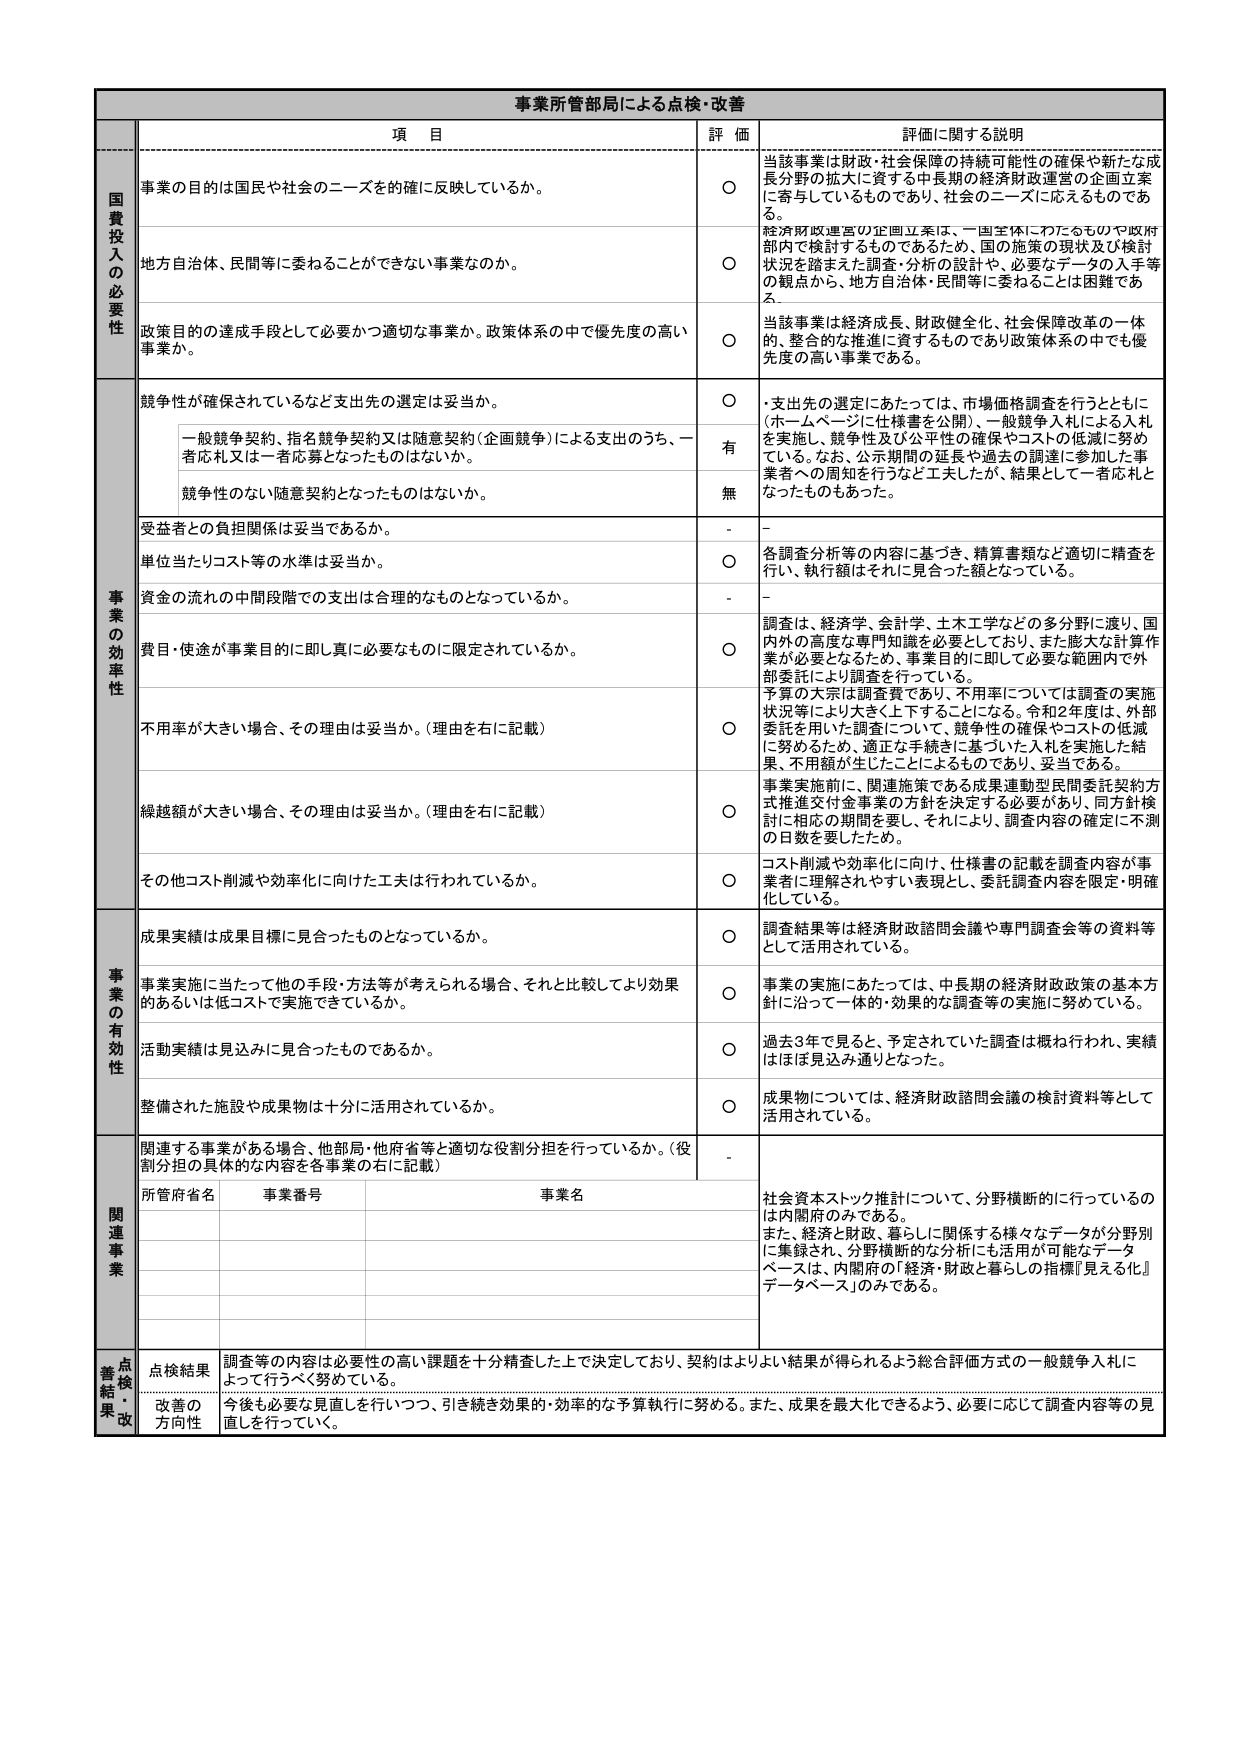
事業所管部局による点検・改善

項 目 評 価 評価に関する説明

国 貴 投 入 の 必 要 性

事業の目的は国民や社会のニーズを確に反映しているか。
〇 当該事業は財政・社会保障の持続可能性の確保や新たな成長分野の拡大に資する中長期的経済財政運営の企画立案に寄与しているものであり、社会のニーズに応えるものである。

地方自治体、民間等に委ねることができない事業なのか。
〇 経済財政運営の企画立案は、一国全体にわたるものや政府部内で検討するものであるため、国の施策の現状及び検討状況を踏まえた調査・分析の設計や、必要なデータの入手等の観点から、地方自治体・民間等に委ねることは困難である。

政策目的の達成手段として必要かつ適切な事業か。政策体系の中で優先度の高い事業か。
〇 当該事業は経済成長、財政健全化、社会保障改革の一体的、整合的な推進に資するものであり政策体系の中でも優先度の高い事業である。

事 業 の 効 率 性

競争性が確保されているなど支出先の選定は妥当か。
〇 ・支出先の選定にあたっては、市場価格調査を行うとともに（ホームページに仕様書を公開）、一般競争入札による入札を実施し、競争性及び公平性の確保やコストの低減に努めている。なお、公示期間の延長や過去の調達に参加した事業者への周知を行うなど工夫したが、結果として一者応札となったものもあった。

一般競争契約、指名競争契約又は随意契約（企画競争）による支出のうち、一者応札又は一者応募となったものはないか。
有

競争性のない随意契約となったものはないか。
無

受益者との負担関係は妥当であるか。
- -

単位当たりコスト等の水準は妥当か。
〇 各調査分析等の内容に基づき、精算書類など適切に精査を行い、執行額はそれに見合った額となっている。

資金の流れの中間段階での支出は合理的なものとなっているか。
- -

費目・使途が事業目的に即し真に必要なものに限定されているか。
〇 調査は、経済学、会計学、土木工学などの多分野に渡り、国内外の高度な専門知識を必要としており、また膨大な計算作業が必要となるため、事業目的に即して必要な範囲内で外部委託により調査を行っている。

不用率が大きい場合、その理由は妥当か。（理由を右に記載）
〇 予算の大宗は調査費であり、不用率については調査の実施状況等により大きく上下することになる。令和2年度は、外部委託を用いた調査について、競争性の確保やコストの低減に努めるため、適正な手続きに基づいた入札を実施した結果、不用額が生じたことによるものであり、妥当である。

繰越額が大きい場合、その理由は妥当か。（理由を右に記載）
〇 事業実施前に、関連施策である成果連動型民間委託契約方式推進交付金事業の方針を決定する必要があり、同方針検討に相応の期間を要し、それにより、調査内容の確定に不測の日数を要したため。

その他コスト削減や効率化に向けた工夫は行われているか。
〇 コスト削減や効率化に向け、仕様書の記載を調査内容が事業者に理解されやすい表現とし、委託調査内容を限定・明確化している。

事 業 の 有 効 性

成果実績は成果目標に見合ったものとなっているか。
〇 調査結果等は経済財政諮問会議や専門調査会等の資料等として活用されている。

事業実施に当たって他の手段・方法等が考えられる場合、それと比較してより効果的あるいは低コストで実施できているか。
〇 事業の実施にあたっては、中長期的経済財政政策の基本方針に沿って一体的・効果的な調査等の実施に努めている。

活動実績は見込みに見合ったものであるか。
〇 過去3年で見ると、予定されていた調査は概ね行われ、実績はほぼ見込み通りとなった。

整備された施設や成果物は十分に活用されているか。
〇 成果物については、経済財政諮問会議の検討資料等として活用されている。

関 連 事 業

関連する事業がある場合、他部局・他府省等と適切な役割分担を行っているか。（役割分担の具体的な内容を各事業の右に記載）
-

所管府省名 事業番号 事業名
社会資本ストック推計について、分野横断的に行っているのは内閣府のみである。
また、経済と財政、暮らしに関係する様々なデータが分野別に集録され、分野横断的な分析にも活用が可能なデータベースは、内閣府の「経済・財政と暮らしの指標『見える化』データベース」のみである。

点 検 結 果・改 善

点検結果 調査等の内容は必要性の高い課題を十分精査した上で決定しており、契約はよりよい結果が得られるよう総合評価方式の一般競争入札によって行うべく努力している。

改善の方向性 今後も必要な見直しを行いつつ、引き続き効果的・効率的な予算執行に努める。また、成果を最大化できるよう、必要に応じて調査内容等の見直しを行っていく。